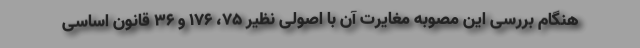
هنگام بررسی این مصوبه مغایرت آن با اصولی نظیر ۷۵، ۱۷۶ و ۳۶ قانون اساسی